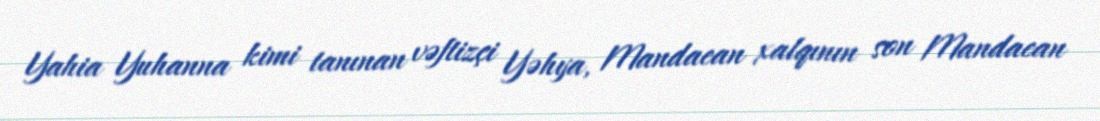
Yahia Yuhanna kimi tanınan vəftizçi Yəhya, Mandaean xalqının son Mandaean